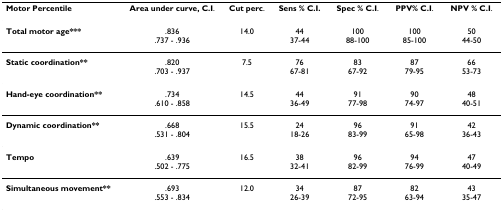
<table><thead><tr><td><b>Motor Percentile</b></td><td><b>Area under curve, C.I.</b></td><td><b>Cut perc.</b></td><td><b>Sens % C.I.</b></td><td><b>Spec % C.I.</b></td><td><b>PPV% C.I.</b></td><td><b>NPV % C.I.</b></td></tr></thead><tbody><tr><td><b>Total motor age***</b></td><td>.836.737 - .936</td><td>14.0</td><td>4437-44</td><td>10088-100</td><td>10085-100</td><td>5044-50</td></tr><tr><td><b>Static coordination**</b></td><td>.820.703 - .937</td><td>7.5</td><td>7667-81</td><td>8367-92</td><td>8779-95</td><td>6653-73</td></tr><tr><td><b>Hand-eye coordination**</b></td><td>.734.610 - .858</td><td>14.5</td><td>4436-49</td><td>9177-98</td><td>9074-97</td><td>4840-51</td></tr><tr><td><b>Dynamic coordination**</b></td><td>.668.531 - .804</td><td>15.5</td><td>2418-26</td><td>9683-99</td><td>9165-98</td><td>4236-43</td></tr><tr><td><b>Tempo</b></td><td>.639.502 - .775</td><td>16.5</td><td>3832-41</td><td>9682-99</td><td>9476-99</td><td>4740-49</td></tr><tr><td><b>Simultaneous movement**</b></td><td>.693.553 - .834</td><td>12.0</td><td>3426-39</td><td>8772-95</td><td>8263-94</td><td>4335-47</td></tr></tbody></table>